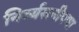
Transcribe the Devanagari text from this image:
निर्व्यसनीपणा